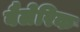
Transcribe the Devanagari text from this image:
बैलेरिक